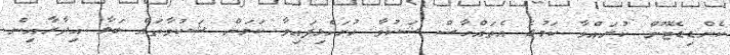
ކެންޑިޑޭޓޫން ކުރައްވާ ކަމުގެ އެތައްހާސް ޝަކުވާ ހުށަހެޅިފައިވާ ކަމަށް ޝަކުވާތައް ބަލާ އިދާރާއިން